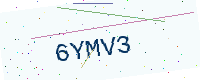
Text: 6YMV3